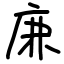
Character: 𢈘